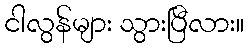
ငါလွန်များ သွားပြီလား။